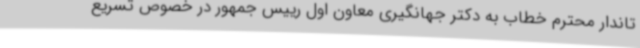
تاندار محترم خطاب به دکتر جهانگیری معاون اول رییس جمهور در خصوص تسریع